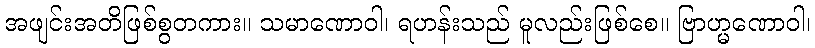
အဖျင်းအတိဖြစ်စွတကား။ သမာဏောဝါ၊ ရဟန်းသည် မူလည်းဖြစ်စေ။ ဗြာဟ္မဏောဝါ၊